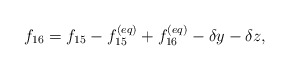
\begin{align*}{f_{16}} = {f_{15}} - f_{15}^{\left( {eq} \right)} + f_{16}^{\left( {eq} \right)} - \delta y - \delta z,\end{align*}